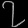
Digit: ၇